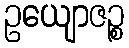
ဥယျောဇဉ္စ